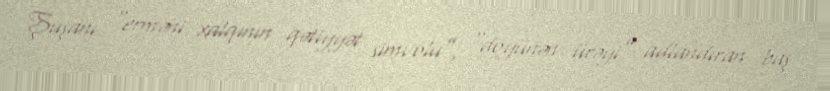
Şuşanı “erməni xalqının qətiyyət simvolu”, “döyünən ürəyi” adlandıran baş